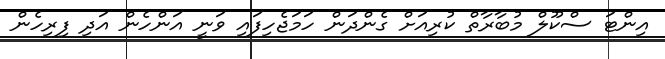
އިންޓަ ސްކޫލް މުބާރާތް ކުރިއަށް ގެންދަން ހަމަޖެހިފައި ވަނީ އަންހެން އަދި ފިރިހެން